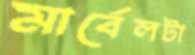
মার্বেলটা